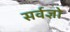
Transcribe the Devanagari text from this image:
सर्वज्ञो